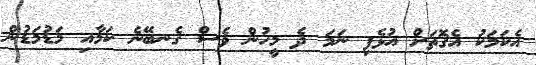
އެކަމަކު އެގޮތަށް އުޅެފި ނަމަ ދެ މީހުން ވެސް ގެނބޭނެ ކަމާއި މަޑުމަޑުން